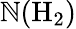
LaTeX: \mathbb{N}(\mathrm{{H}}_{2})